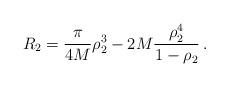
LaTeX: \begin{align*}R_2=\frac{\pi}{4M}\rho_2^3- 2M\frac{\rho_2^4}{1-\rho_2} \, .\end{align*}